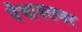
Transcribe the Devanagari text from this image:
पँचायतघर